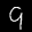
Label: 9